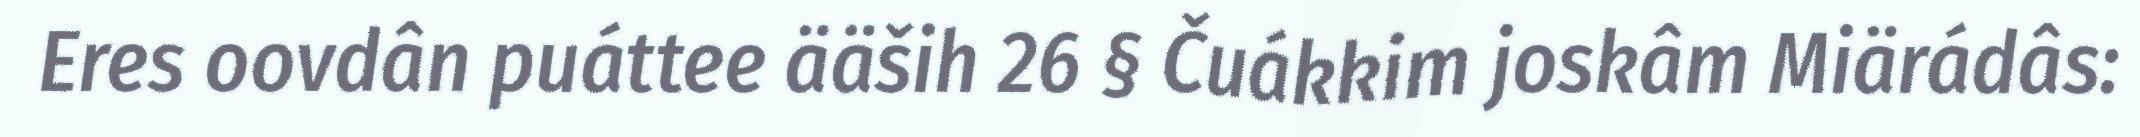
Eres oovdân puáttee ääših 26 § Čuákkim joskâm Miärádâs: